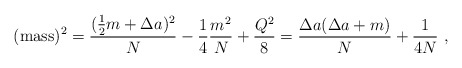
\begin{align*}({\rm mass})^2 = {(\frac{1}{2}m+\Delta a)^2 \over N}-\frac{1}{4}{m^2\over N}+ \frac{Q^2}{8}={\Delta a(\Delta a+m)\over N} + \frac{1}{4N}~,\end{align*}